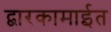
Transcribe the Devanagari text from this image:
द्वारकामाईत